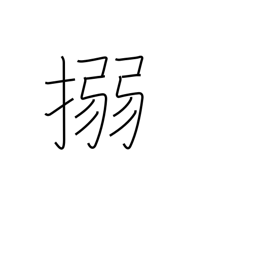
Meaning: bind